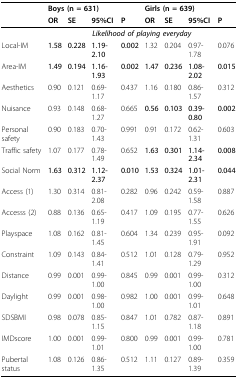
<table><thead><tr><td></td><td colspan="3"><b>Boys (n = 631)</b></td><td></td><td colspan="3"><b>Girls (n = 639)</b></td><td></td></tr><tr><td></td><td><b>OR</b></td><td><b>SE</b></td><td><b>95%CI</b></td><td><b>P</b></td><td><b>OR</b></td><td><b>SE</b></td><td><b>95%CI</b></td><td><b>P</b></td></tr></thead><tbody><tr><td></td><td colspan="8"><b><i>Likelihood of playing everyday</i></b></td></tr><tr><td>Local-IM</td><td><b>1.58</b></td><td><b>0.228</b></td><td><b>1.19-2.10</b></td><td><b>0.002</b></td><td>1.32</td><td>0.204</td><td>0.97-1.78</td><td>0.076</td></tr><tr><td>Area-IM</td><td><b>1.49</b></td><td><b>0.194</b></td><td><b>1.16-1.93</b></td><td><b>0.002</b></td><td><b>1.47</b></td><td><b>0.236</b></td><td><b>1.08-2.02</b></td><td><b>0.015</b></td></tr><tr><td>Aesthetics</td><td>0.90</td><td>0.121</td><td>0.69-1.17</td><td>0.437</td><td>1.16</td><td>0.180</td><td>0.86-1.57</td><td>0.312</td></tr><tr><td>Nuisance</td><td>0.93</td><td>0.148</td><td>0.68-1.27</td><td>0.665</td><td><b>0.56</b></td><td><b>0.103</b></td><td><b>0.39-0.80</b></td><td><b>0.002</b></td></tr><tr><td>Personal safety</td><td>0.90</td><td>0.183</td><td>0.70-1.43</td><td>0.991</td><td>0.91</td><td>0.172</td><td>0.62-1.31</td><td>0.603</td></tr><tr><td>Traffic safety</td><td>1.07</td><td>0.177</td><td>0.78-1.49</td><td>0.652</td><td><b>1.63</b></td><td><b>0.301</b></td><td><b>1.14-2.34</b></td><td><b>0.008</b></td></tr><tr><td>Social Norm</td><td><b>1.63</b></td><td><b>0.312</b></td><td><b>1.12-2.37</b></td><td><b>0.010</b></td><td><b>1.53</b></td><td><b>0.324</b></td><td><b>1.01-2.31</b></td><td><b>0.044</b></td></tr><tr><td>Access (1)</td><td>1.30</td><td>0.314</td><td>0.81-2.08</td><td>0.282</td><td>0.96</td><td>0.242</td><td>0.59-1.58</td><td>0.887</td></tr><tr><td>Accesss (2)</td><td>0.88</td><td>0.136</td><td>0.65-1.19</td><td>0.417</td><td>1.09</td><td>0.195</td><td>0.77-1.55</td><td>0.626</td></tr><tr><td>Playspace</td><td>1.08</td><td>0.162</td><td>0.81-1.45</td><td>0.604</td><td>1.34</td><td>0.239</td><td>0.95-1.91</td><td>0.092</td></tr><tr><td>Constraint</td><td>1.09</td><td>0.143</td><td>0.84-1.41</td><td>0.512</td><td>1.01</td><td>0.128</td><td>0.79-1.29</td><td>0.952</td></tr><tr><td>Distance</td><td>0.99</td><td>0.001</td><td>0.99-1.00</td><td>0.845</td><td>0.99</td><td>0.001</td><td>0.99-1.00</td><td>0.312</td></tr><tr><td>Daylight</td><td>0.99</td><td>0.001</td><td>0.98-1.00</td><td>0.982</td><td>1.00</td><td>0.001</td><td>0.99-1.01</td><td>0.648</td></tr><tr><td>SDSBMI</td><td>0.98</td><td>0.078</td><td>0.85-1.15</td><td>0.847</td><td>1.01</td><td>0.782</td><td>0.87-1.18</td><td>0.891</td></tr><tr><td>IMDscore</td><td>1.00</td><td>0.001</td><td>0.99-1.01</td><td>0.800</td><td>0.99</td><td>0.001</td><td>0.99-1.00</td><td>0.781</td></tr><tr><td>Pubertal status</td><td>1.08</td><td>0.126</td><td>0.86-1.35</td><td>0.512</td><td>1.11</td><td>0.127</td><td>0.89-1.39</td><td>0.359</td></tr></tbody></table>